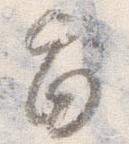
旨